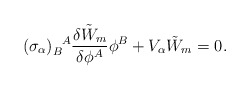
\begin{align*}(\sigma_\alpha)_B^{~~\!A} \frac{\delta\tilde{W}_m}{\delta \phi^A} \phi^B +V_\alpha \tilde{W}_m=0.\end{align*}